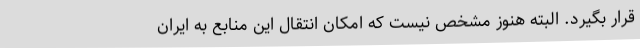
قرار بگیرد. البته هنوز مشخص نیست که امکان انتقال این منابع به ایران